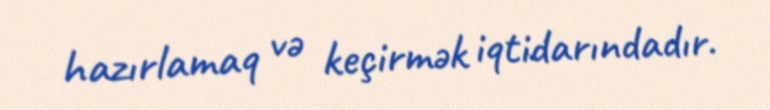
hazırlamaq və keçirmək iqtidarındadır.